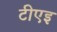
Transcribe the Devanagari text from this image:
टीएइ